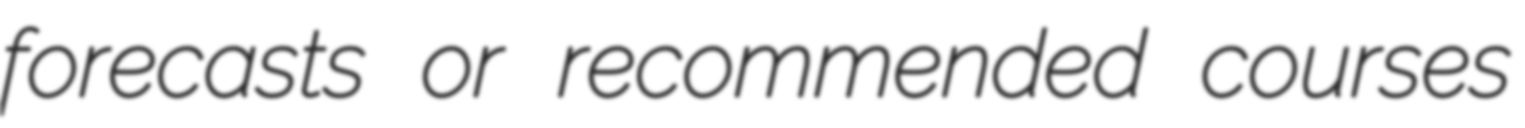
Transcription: forecasts or recommended courses